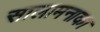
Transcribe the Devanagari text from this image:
सालामनाका